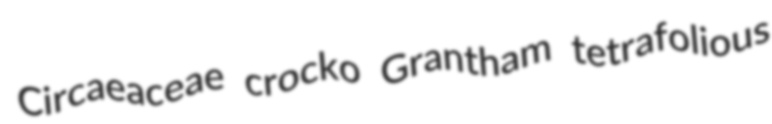
Circaeaceae crocko Grantham tetrafolious